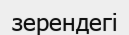
зерендегі